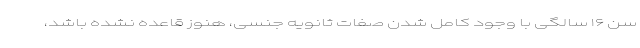
سن ۱۶ سالگی با وجود کامل شدن صفات ثانویه جنسی، هنوز قاعده نشده باشد،